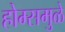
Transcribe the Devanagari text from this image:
होम्समुळे